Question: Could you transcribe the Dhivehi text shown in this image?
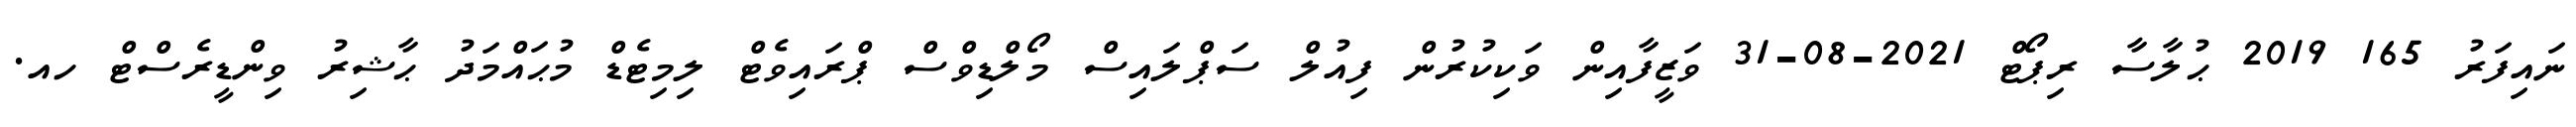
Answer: ނައިފަރު 165 2019 ޙުލާސާ ރިޕޯޓް 2021-08-31 ވަޒީފާއިން ވަކިކުރުން ފިއުލް ސަޕްލައިސް މޯލްޑިވްސް ޕްރައިވެޓް ލިމިޓެޑް މުޙައްމަދު ޙާޝިރު ވިންޑީރެސްޓް ހއ.